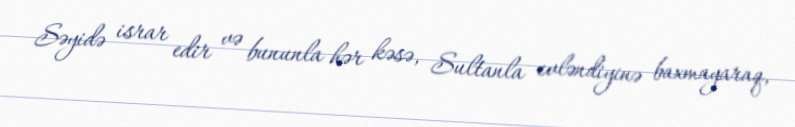
Səyidə israr edir və bununla hər kəsə, Sultanla evləndiyinə baxmayaraq,